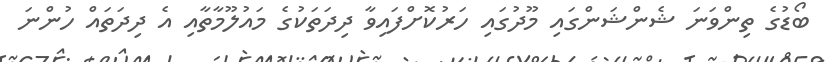
ބޯޑުގެ ތިންވަނަ ޝެންޝަންގައި މޫދުގައި ހަރުކޮށްފައިވާ ދިދަތަކުގެ މައުލޫމާތާއި އެ ދިދަތައް ހުންނަ